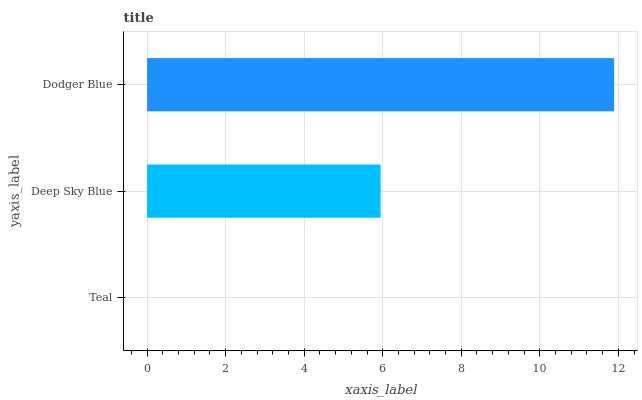
| yaxis_label | bars |
 | --- | --- |
 | Teal | 0 |
 | Deep Sky Blue | 5.95 |
 | Dodger Blue | 11.9 |